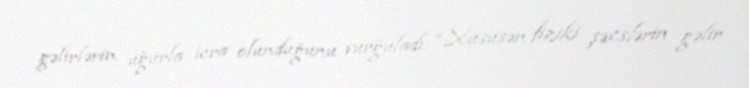
gəlirlərin uğurla icra olunduğunu vurğuladı: “Xüsusən fiziki şəxslərin gəlir